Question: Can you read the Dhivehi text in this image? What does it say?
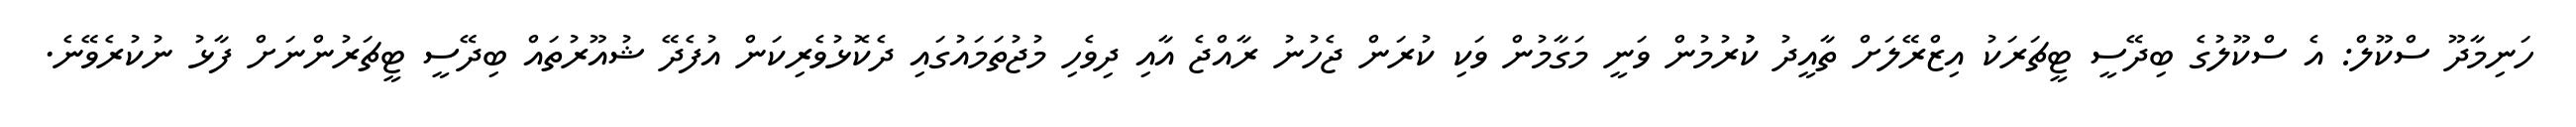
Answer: ހަނިމާދޫ ސްކޫލް: އެ ސްކޫލުގެ ބިދޭސީ ޓީޗަރަކު އިޒްރޭލަށް ތާއީދު ކުުރުމުން ވަނީ މަގާމުން ވަކި ކުރަން ޖެހުނު ރާއްޖެ އާއި ދިވެހި މުޖުތަމައުގައި ދެކޮޅުވެރިކަން އުފެދޭ ޝުއޫރުތައް ބިދޭސީ ޓީޗަރުންނަށް ފާޅު ނުކުރެވޭނެ.